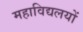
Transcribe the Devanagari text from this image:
महाविद्यलयों